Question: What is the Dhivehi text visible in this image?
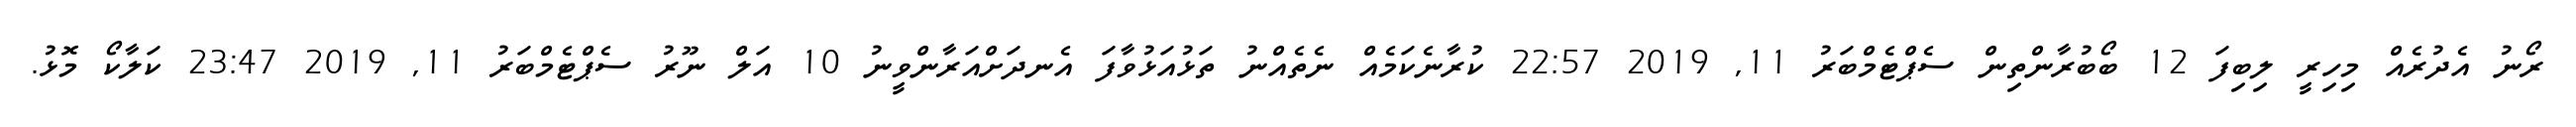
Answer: ރޯނު އެދުރެއް މިހިރީ ލިބިފަ 12 ބޯބުރާންތިން ސެޕްޓެމްބަރު 11, 2019 22:57 ކުރާނެކަމެއް ނެތެއްނު ތަޅުއަޅުވާފަ އެނދަށްއަރާންވީނު 10 އަލް ނޫރު ސެޕްޓެމްބަރު 11, 2019 23:47 ކަލާކޯ މޮޅު.